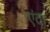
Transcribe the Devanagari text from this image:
एंटा